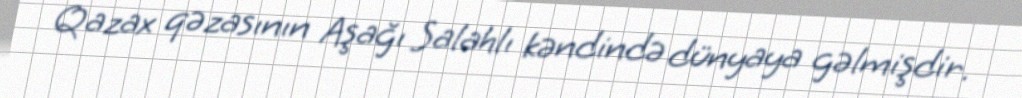
Qazax qəzasının Aşağı Salahlı kəndində dünyaya gəlmişdir.